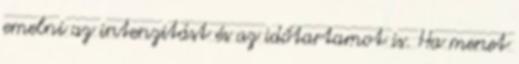
emelni az intenzitást és az időtartamot is. Ha menet